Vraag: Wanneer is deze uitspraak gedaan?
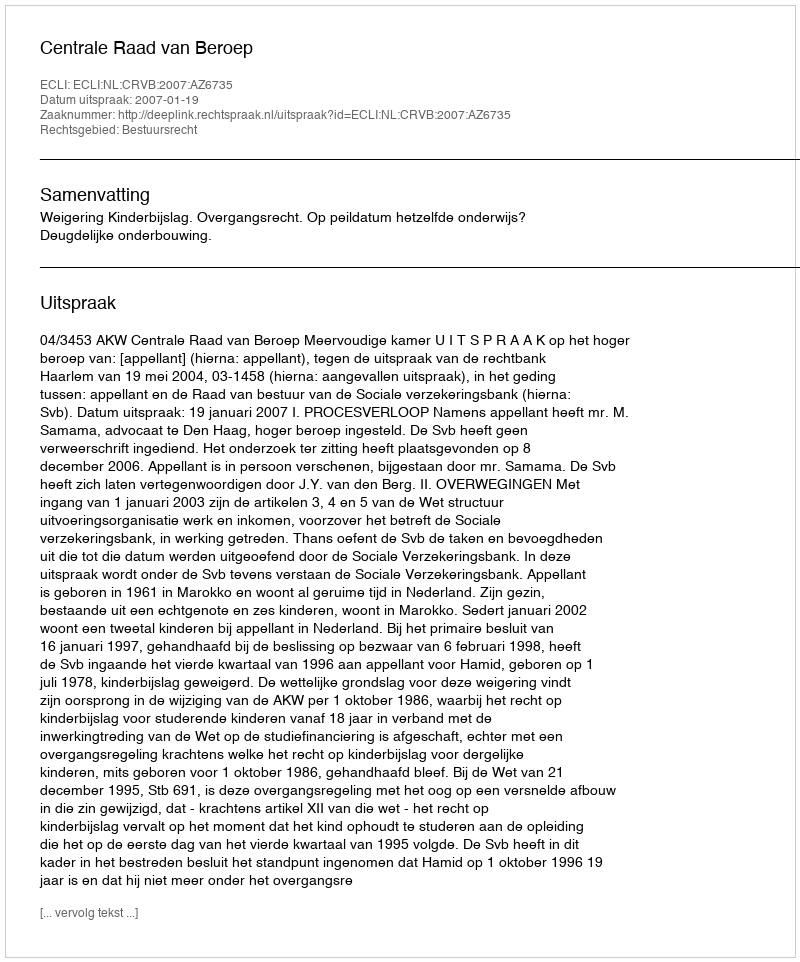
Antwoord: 2007-01-19